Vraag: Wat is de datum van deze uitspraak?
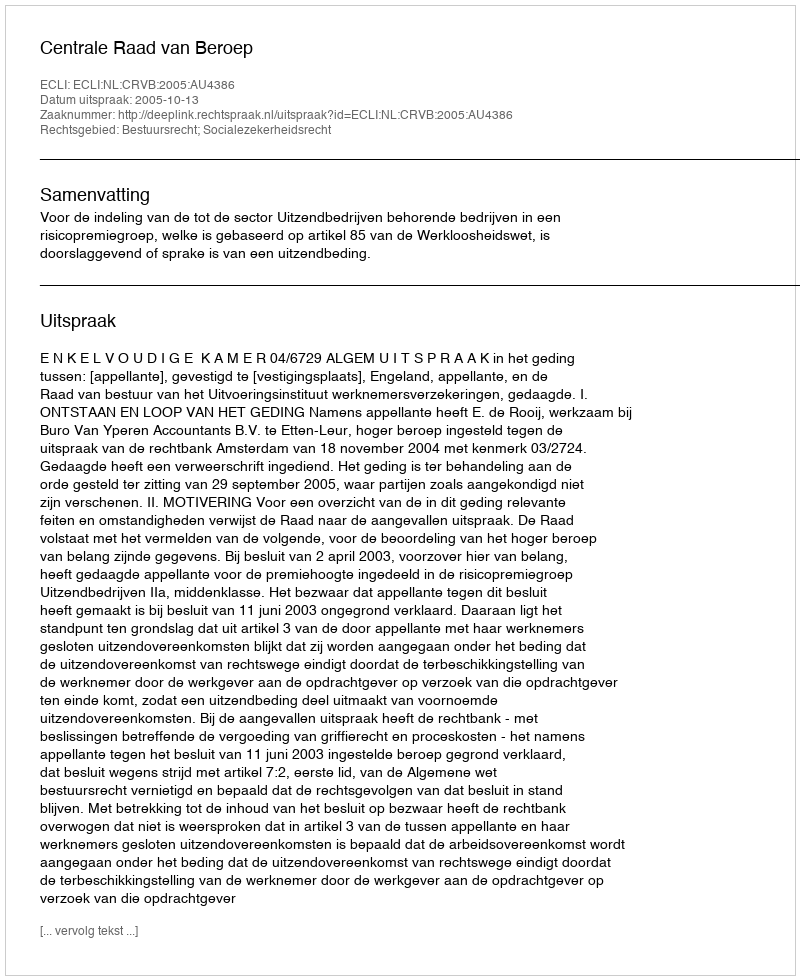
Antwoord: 2005-10-13